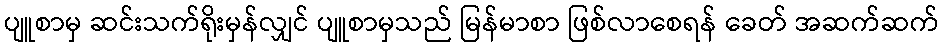
ပျူစာမှ ဆင်းသက်ရိုးမှန်လျှင် ပျူစာမှသည် မြန်မာစာ ဖြစ်လာစေရန် ခေတ် အဆက်ဆက်